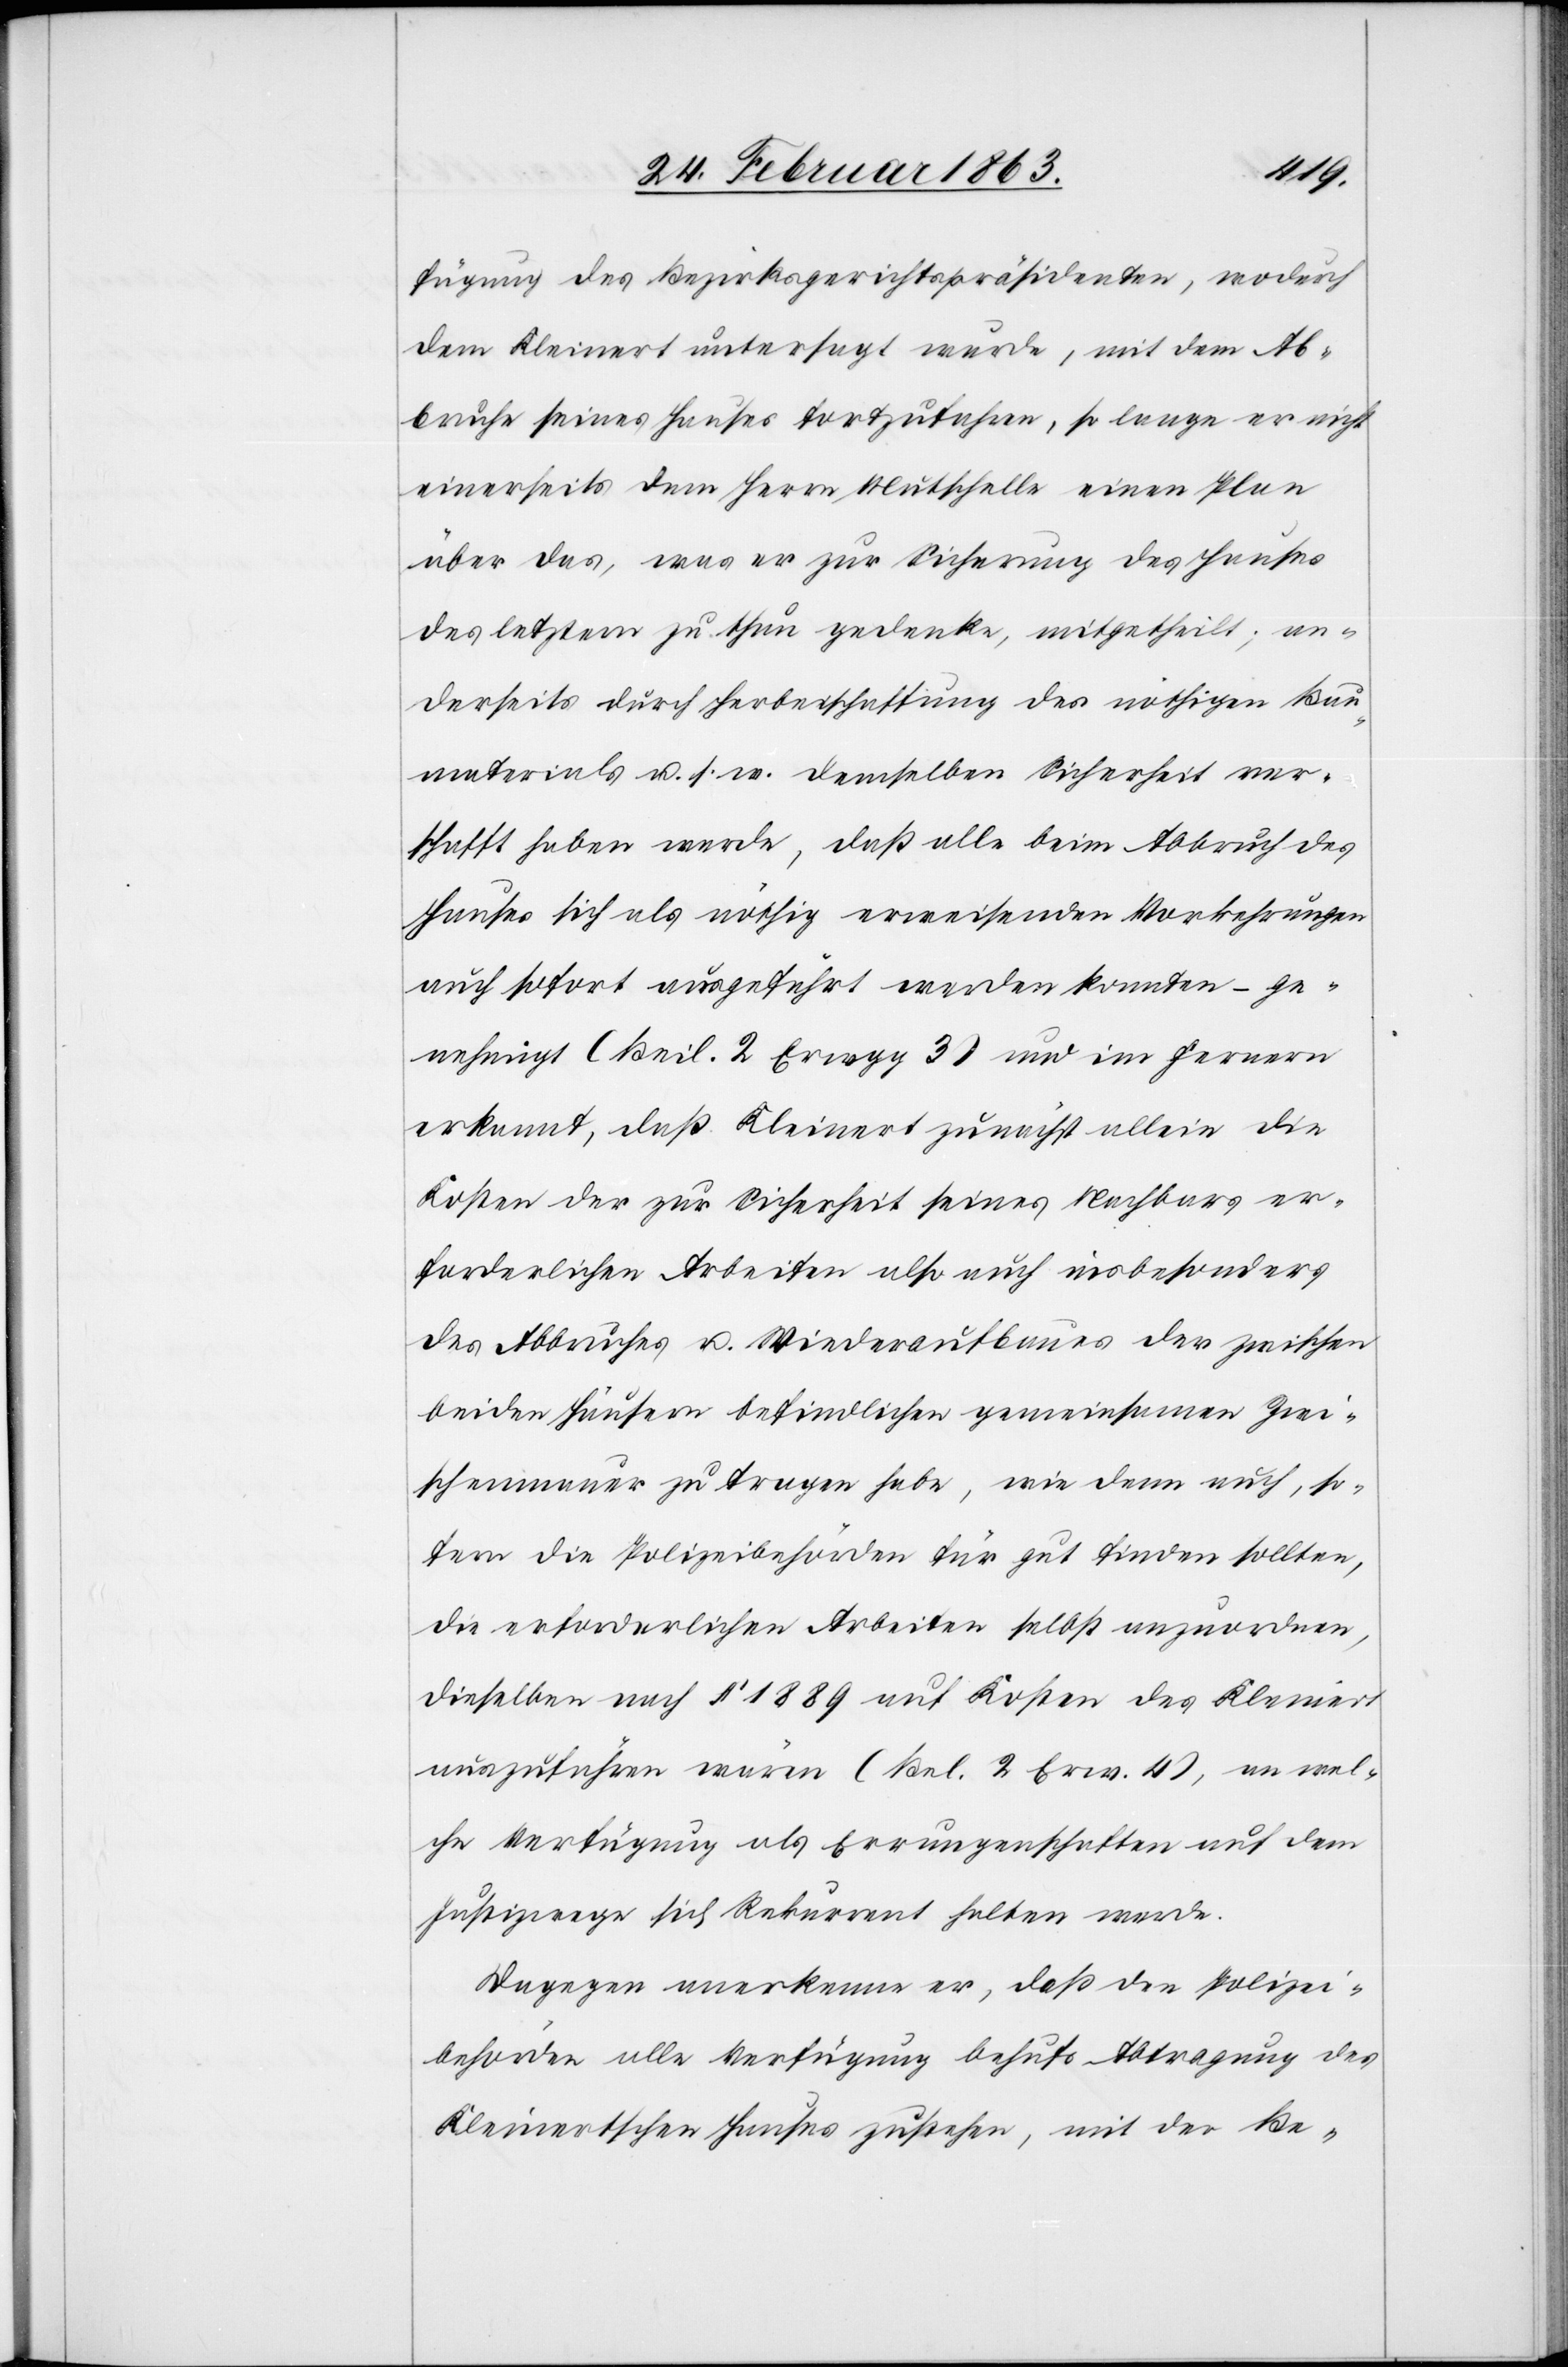
fügung des Bezirksgerichtspräsidenten, wodurch
dem Kleinert untersagt wurde, mit dem Ab¬
bruche seines Hauses fortzufahren, so lange er nicht
einerseits dem Herrn Mutschelle einen Plan
über das, was er zur Sicherung des Hauses
des letztern zu thun gedenke, mitgetheilt; an¬
derseits durch Herbeischaffung des nöthigen Bau¬
materials u. s. w. demselben Sicherheit ver¬
schafft haben werde, daß alle beim Abbruch des
Hauses sich als nöthig erweisenden Vorkehrungen
auch sofort ausgeführt werden konnten – ge¬
nehmigt (Beil. 2 Erwgg 3) und im Fernern
erkannt, daß Kleinert zunächst allein die
Kosten der zur Sicherheit seines Nachbars er¬
forderlichen Arbeiten also auch insbesonders
des Abbruches u. Wiederaufbaues der zwischen
beiden Häusern befindlichen gemeinsamen Zwi¬
schenmauer zu tragen habe, wie denn auch, so¬
fern die Polizeibehörden für gut finden sollten,
die erforderlichen Arbeiten selbst anzuordnen,
dieselben nach § 1889 auf Kosten des Kleinert
auszuführen wären (Bel. 2 Erw. 4), an wel¬
che Verfügung als Errungenschaften auf dem
Justizwege sich Rekurrent halten werde.
Dagegen anerkenne er, daß den Polizei¬
behörden alle Verfügung behufs Abtragung des
Kleinertschen Hauses zustehen, mit der Be-